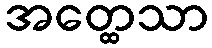
အတ္ထေသာ